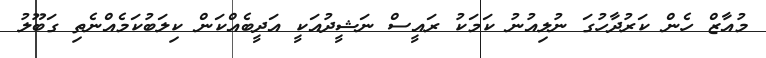
މުއާޒް ހެން ކަރުދާހުގަ ނުލިއުނު ކަމަކު ރައީސް ނަޝީދުއަކީ އަދީބެއްކަން ކިލަބުކަމެއްނެތި ގަބޫލު